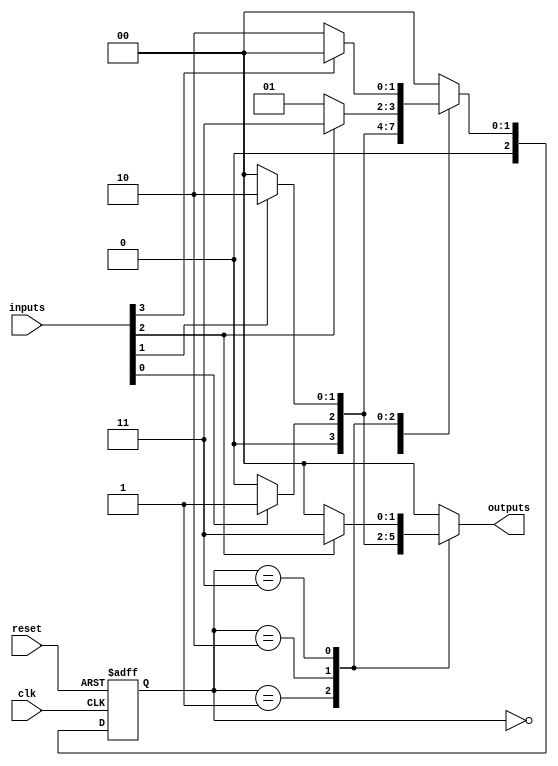
module variable_input_mealy #(
    parameter STATE_WIDTH = 3,  // Number of bits for state encoding
    parameter INPUT_WIDTH = 4    // Number of bits for input signals
)(
    input wire clk,               // Clock signal
    input wire reset,             // Reset signal
    input wire [INPUT_WIDTH-1:0] inputs,  // Variable input signals
    output reg [1:0] outputs      // Outputs of the Mealy machine
);

    // State encoding
    localparam S0 = 3'b000;
    localparam S1 = 3'b001;
    localparam S2 = 3'b010;
    localparam S3 = 3'b011;

    // State register
    reg [STATE_WIDTH-1:0] current_state, next_state;

    // Next state logic
    always @(*) begin
        case (current_state)
            S0: begin
                if (inputs[0]) begin
                    next_state = S1;
                end else begin
                    next_state = S0;
                end
            end
            S1: begin
                if (inputs[1]) begin
                    next_state = S2;
                end else begin
                    next_state = S0;
                end
            end
            S2: begin
                if (inputs[2]) begin
                    next_state = S3;
                end else begin
                    next_state = S1;
                end
            end
            S3: begin
                if (inputs[3]) begin
                    next_state = S0;
                end else begin
                    next_state = S2;
                end
            end
            default: next_state = S0; // Default case to reset
        endcase
    end

    // Output logic (Mealy outputs based on current state and inputs)
    always @(*) begin
        case (current_state)
            S0: outputs = 2'b00; // No output
            S1: outputs = inputs[0] ? 2'b01 : 2'b00; // Output based on input
            S2: outputs = inputs[1] ? 2'b10 : 2'b00; // Output based on input
            S3: outputs = inputs[2] ? 2'b11 : 2'b00; // Output based on input
            default: outputs = 2'b00; // Default output
        endcase
    end

    // State transition on clock edge
    always @(posedge clk or posedge reset) begin
        if (reset) begin
            current_state <= S0; // Initialize to state S0
        end else begin
            current_state <= next_state; // Update state
        end
    end

endmodule